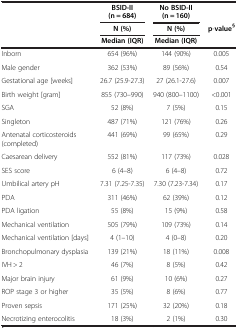
|  | BSID-II(n = 684) | No BSID-II(n = 160) |  |
 | <ROWSPAN=2>  | N (%) | N (%) | <ROWSPAN=2> p-value§ |
 | Median(IQR) | Median(IQR) |
 | --- | --- | --- | --- |
 | Inborn | 654 (96%) | 144 (90%) | 0.005 |
 | Male gender | 362 (53%) | 89 (56%) | 0.54 |
 | Gestational age [weeks] | 26.7 (25.9-27.3) | 27 (26.1-27.6) | 0.007 |
 | Birth weight [gram] | 855 (730–990) | 940 (800–1100) | <0.001 |
 | SGA | 52 (8%) | 7 (5%) | 0.15 |
 | Singleton | 487 (71%) | 121 (76%) | 0.26 |
 | Antenatal corticosteroids (completed) | 441 (69%) | 99 (65%) | 0.29 |
 | Caesarean delivery | 552 (81%) | 117 (73%) | 0.028 |
 | SES score | 6 (4–8) | 6 (4–8) | 0.72 |
 | Umbilical artery pH | 7.31 (7.25-7.35) | 7.30 (7.23-7.34) | 0.17 |
 | PDA | 311 (46%) | 62 (39%) | 0.12 |
 | PDA ligation | 55 (8%) | 15 (9%) | 0.58 |
 | Mechanical ventilation | 505 (79%) | 109 (73%) | 0.14 |
 | Mechanical ventilation [days] | 4 (1–10) | 4 (0–8) | 0.20 |
 | Bronchopulmonary dysplasia | 139 (21%) | 18 (11%) | 0.008 |
 | IVH > 2 | 46 (7%) | 8 (5%) | 0.42 |
 | Major brain injury | 61 (9%) | 10 (6%) | 0.27 |
 | ROP stage 3 or higher | 35 (5%) | 8 (6%) | 0.77 |
 | Proven sepsis | 171 (25%) | 32 (20%) | 0.18 |
 | Necrotizing enterocolitis | 18 (3%) | 2 (1%) | 0.30 |